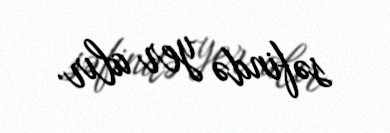
səfində yer alır.